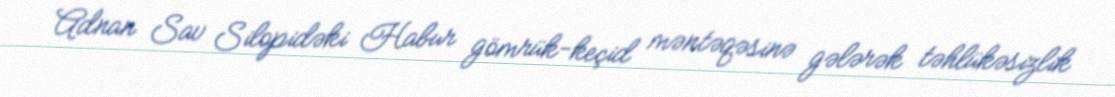
Adnan Sav Silopidəki Habur gömrük-keçid məntəqəsinə gələrək təhlükəsizlik